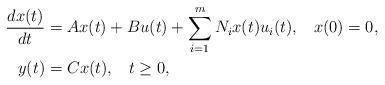
LaTeX: \begin{align*} \frac{dx(t)}{dt}&=Ax(t)+Bu(t)+\sum_{i=1}^m N_i x(t)u_i(t),\;\;\;x(0)=0,\\ y(t)&=Cx(t), \;\;\;t\geq 0, \end{align*}